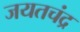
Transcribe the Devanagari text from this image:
जयतचंद्र